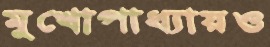
মুখোপাধ্যায়ও